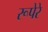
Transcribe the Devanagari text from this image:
रूपेरे